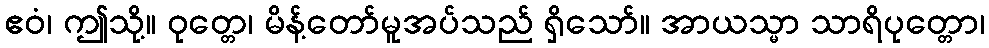
ဧဝံ၊ ဤသို့။ ဝုတ္တေ၊ မိန့်တော်မူအပ်သည် ရှိသော်။ အာယသ္မာ သာရိပုတ္တော၊